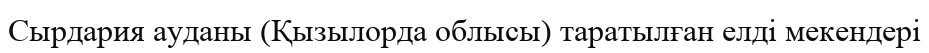
Сырдария ауданы (Қызылорда облысы) таратылған елді мекендері